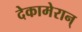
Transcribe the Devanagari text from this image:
देकामेरान्